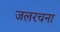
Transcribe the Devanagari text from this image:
जलरचना